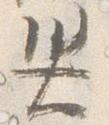
災